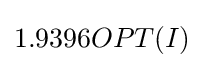
1.9396OPT(I)